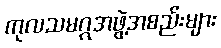
ကုလသမဂ္ဂအဖွဲ့အစည်းများ